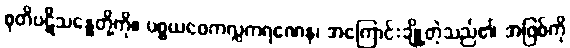
စုတိပဋိသန္ဓေတို့ကို။ ပစ္စယဝေကလ္လကရဏေန၊ အကြောင်းချို့တဲ့သည်၏ အဖြစ်ကို